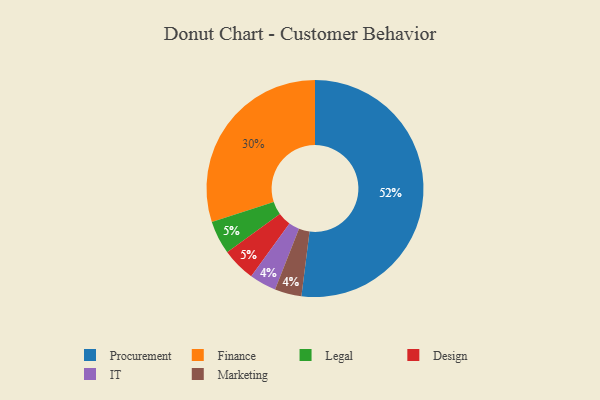
{"axis": {"x": "Category", "y": "Percentage"}, "legend": ["Design", "Finance", "IT", "Legal", "Marketing", "Procurement"], "data": [{"x": "IT", "y": 4, "type": "IT"}, {"x": "Legal", "y": 5, "type": "Legal"}, {"x": "Finance", "y": 30, "type": "Finance"}, {"x": "Procurement", "y": 52, "type": "Procurement"}, {"x": "Design", "y": 5, "type": "Design"}, {"x": "Marketing", "y": 4, "type": "Marketing"}]}